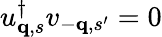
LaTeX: u_{{\mathbf q},s}^{\dagger}v_{-{\mathbf q},s^{\prime}}=0